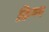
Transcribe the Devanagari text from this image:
क्रिष्ण